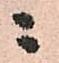
ニ